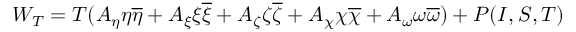
W _ { T } = T ( A _ { \eta } \eta \overline { { { \eta } } } + A _ { \xi } \xi \overline { { { \xi } } } + A _ { \zeta } \zeta \overline { { { \zeta } } } + A _ { \chi } \chi \overline { { { \chi } } } + A _ { \omega } \omega \overline { { { \omega } } } ) + P ( I , S , T )